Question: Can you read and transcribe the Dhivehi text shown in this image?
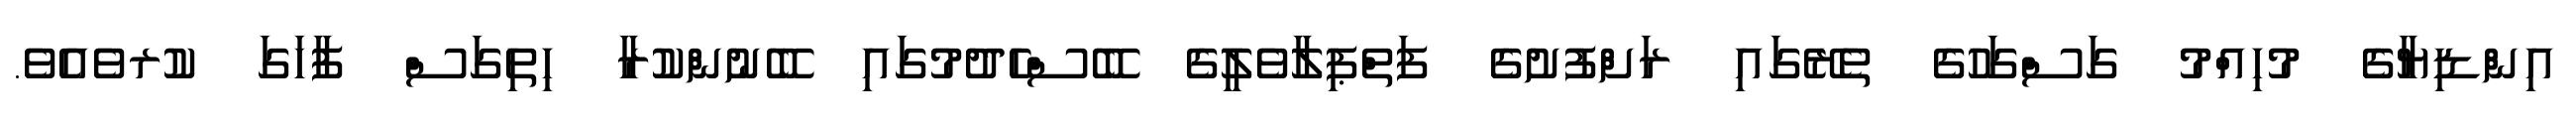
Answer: އިންޑިޔާގެ މުހިއްމު ގަސްގަހުގެ ތެރޭގައި ރަށްފުށުގެ ފަތްޕިލާވެލީގެ ބޭސްހެދުމުގައި ބޭނުންކުރާ ހިތިގަސް ފާހަގަ ކުރވެއެވެ.